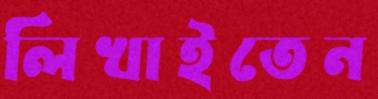
লিখাইতেন